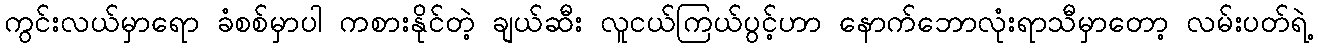
ကွင်းလယ်မှာရော ခံစစ်မှာပါ ကစားနိုင်တဲ့ ချယ်ဆီး လူငယ်ကြယ်ပွင့်ဟာ နောက်ဘောလုံးရာသီမှာတော့ လမ်းပတ်ရဲ့